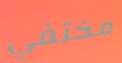
مختفي